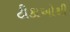
ટીકાઓથી